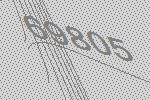
69805